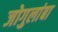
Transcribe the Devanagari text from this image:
जोगुलांबा